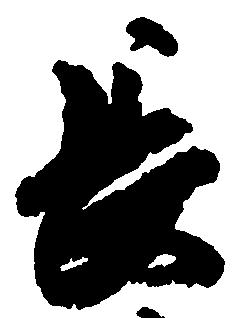
長